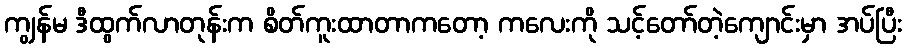
ကျွန်မ ဒီထွက်လာတုန်းက စိတ်ကူးထာတာကတော့ ကလေးကို သင့်တော်တဲ့ကျောင်းမှာ အပ်ပြီး